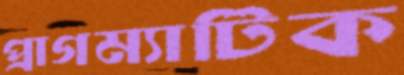
প্রাগম্যাটিক